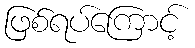
ဖြစ်ရပ်ကြောင့်